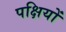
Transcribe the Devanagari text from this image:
पक्षियों